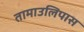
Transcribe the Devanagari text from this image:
तामाउलिपास